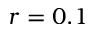
r = 0 . 1